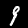
Digit: 9